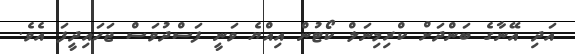
އަދި އޭނާގެ ބަންދަށް ކްރިމިނަލް ކޯޓުން އިއްޔެ ވަނީ ފަސްދުވަސް ޖަހައިދީފަ އެވެ.